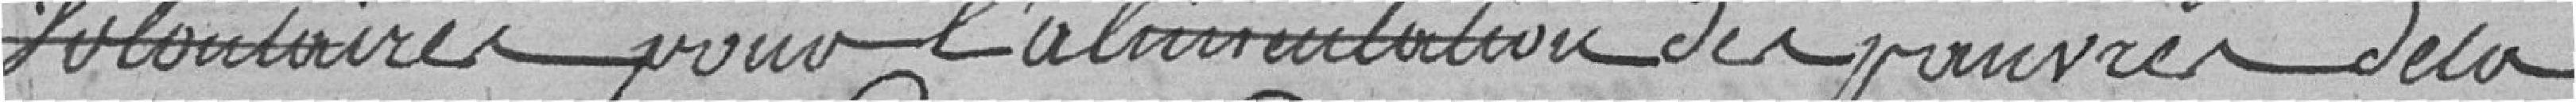
volontaires pour l'alimentation des pauvres de la